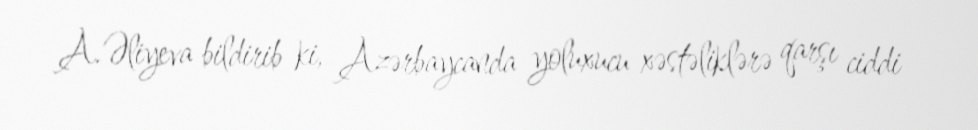
A.Əliyeva bildirib ki, Azərbaycanda yoluxucu xəstəliklərə qarşı ciddi